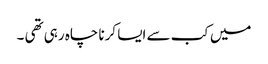
میں کب سے ایسا کرنا چاہ رہی تھی ۔